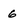
Character: 6